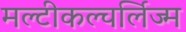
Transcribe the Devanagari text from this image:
मल्टीकल्चर्लिज्म